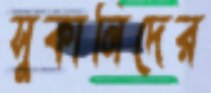
সুকানিদের